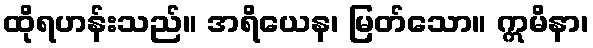
ထိုရဟန်းသည်။ အရိယေန၊ မြတ်သော။ ဣမိနာ၊